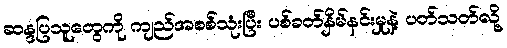
ဆန္ဒပြသူတွေကို ကျည်အစစ်သုံးပြီး ပစ်ခတ်နှိမ်နင်းမှုနဲ့ ပတ်သတ်လို့